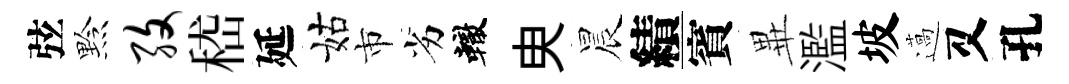
弦黔孜嵇延姑市劣轍㬰晨績賓𭺾濫坡薖又孔